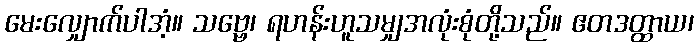
မေးလျှောက်ပါအံ့။ သဗ္ဗေ၊ ရဟန်းဟူသမျှအလုံးစုံတို့သည်။ ဧတဒတ္ထာယ၊